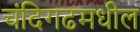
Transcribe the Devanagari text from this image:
चंदिगढमधील